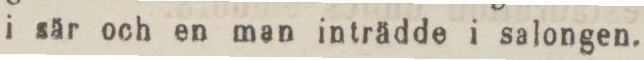
i sår och en man inträdde i salongen.